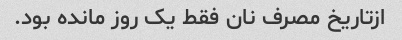
ازتاریخ مصرف نان فقط یک روز مانده بود.